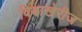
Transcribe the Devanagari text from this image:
विश्वाखेरीज